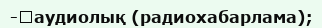
-	аудиолық (радиохабарлама);